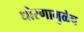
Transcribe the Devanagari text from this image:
धोरणामुळेच